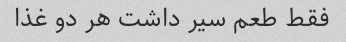
فقط طعم سیر داشت هر دو غذا